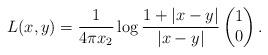
LaTeX: \begin{align*}L(x,y) = \frac{1}{4\pi x_2} \log\frac {1+|x-y|}{|x-y|}\begin{pmatrix} 1 \\ 0 \end{pmatrix}.\end{align*}